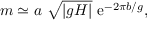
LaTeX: m \simeq a ~ \sqrt { | g H | } ~ \mathrm { e } ^ { - 2 \pi b / g } ,